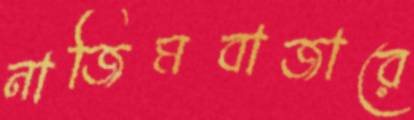
নাজিমবাজারে